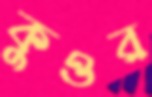
কুওর